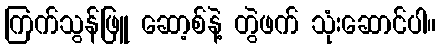
ကြက်သွန်ဖြူ ဆော့စ်နဲ့ တွဲဖက် သုံးဆောင်ပါ။